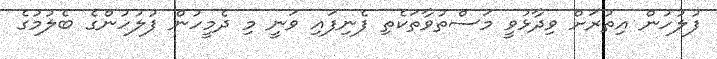
ފުލުހުން އިތުރަށް ވިދާޅުވީ މަސްތުވާތަކެތި ފެނިފައި ވަނީ މި ދެމީހުން ފުލުހުންގެ ބެލުމުގެ